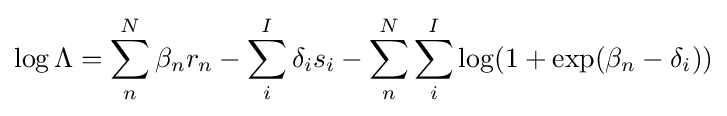
\log \Lambda =\sum _{n}^{N}\beta _{n}r_{n}-\sum _{i}^{I}\delta _{i}s_{i}-\sum _{n}^{N}\sum _{i}^{I}\log(1+\exp(\beta _{n}-\delta _{i}))